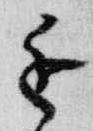
進